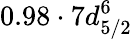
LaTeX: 0.98\cdot 7d_{5/2}^{6}